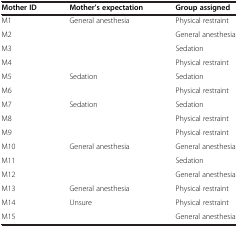
<table><thead><tr><td><b>Mother ID</b></td><td><b>Mother’s expectation</b></td><td><b>Group assigned</b></td></tr></thead><tbody><tr><td>M1</td><td>General anesthesia</td><td>Physical restraint</td></tr><tr><td>M2</td><td>[EMPTY_CELL]</td><td>General anesthesia</td></tr><tr><td>M3</td><td>[EMPTY_CELL]</td><td>Sedation</td></tr><tr><td>M4</td><td>[EMPTY_CELL]</td><td>Physical restraint</td></tr><tr><td>M5</td><td>Sedation</td><td>Sedation</td></tr><tr><td>M6</td><td>[EMPTY_CELL]</td><td>Physical restraint</td></tr><tr><td>M7</td><td>Sedation</td><td>Sedation</td></tr><tr><td>M8</td><td>[EMPTY_CELL]</td><td>Physical restraint</td></tr><tr><td>M9</td><td>[EMPTY_CELL]</td><td>Physical restraint</td></tr><tr><td>M10</td><td>General anesthesia</td><td>General anesthesia</td></tr><tr><td>M11</td><td>[EMPTY_CELL]</td><td>Sedation</td></tr><tr><td>M12</td><td>[EMPTY_CELL]</td><td>General anesthesia</td></tr><tr><td>M13</td><td>General anesthesia</td><td>Physical restraint</td></tr><tr><td>M14</td><td>Unsure</td><td>Physical restraint</td></tr><tr><td>M15</td><td>[EMPTY_CELL]</td><td>General anesthesia</td></tr></tbody></table>